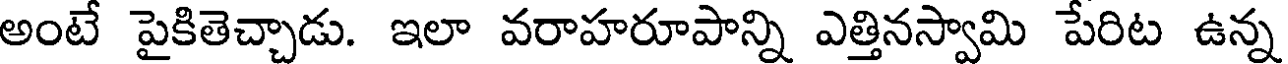
అంటే పైకితెచ్చాడు. ఇలా వరాహరూపాన్ని ఎత్తినస్వామి పేరిట ఉన్న